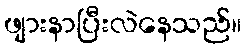
ဖျားနာပြီးလဲနေသည်။